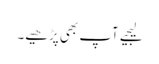
لیجیے آپ بھی پڑھیے۔